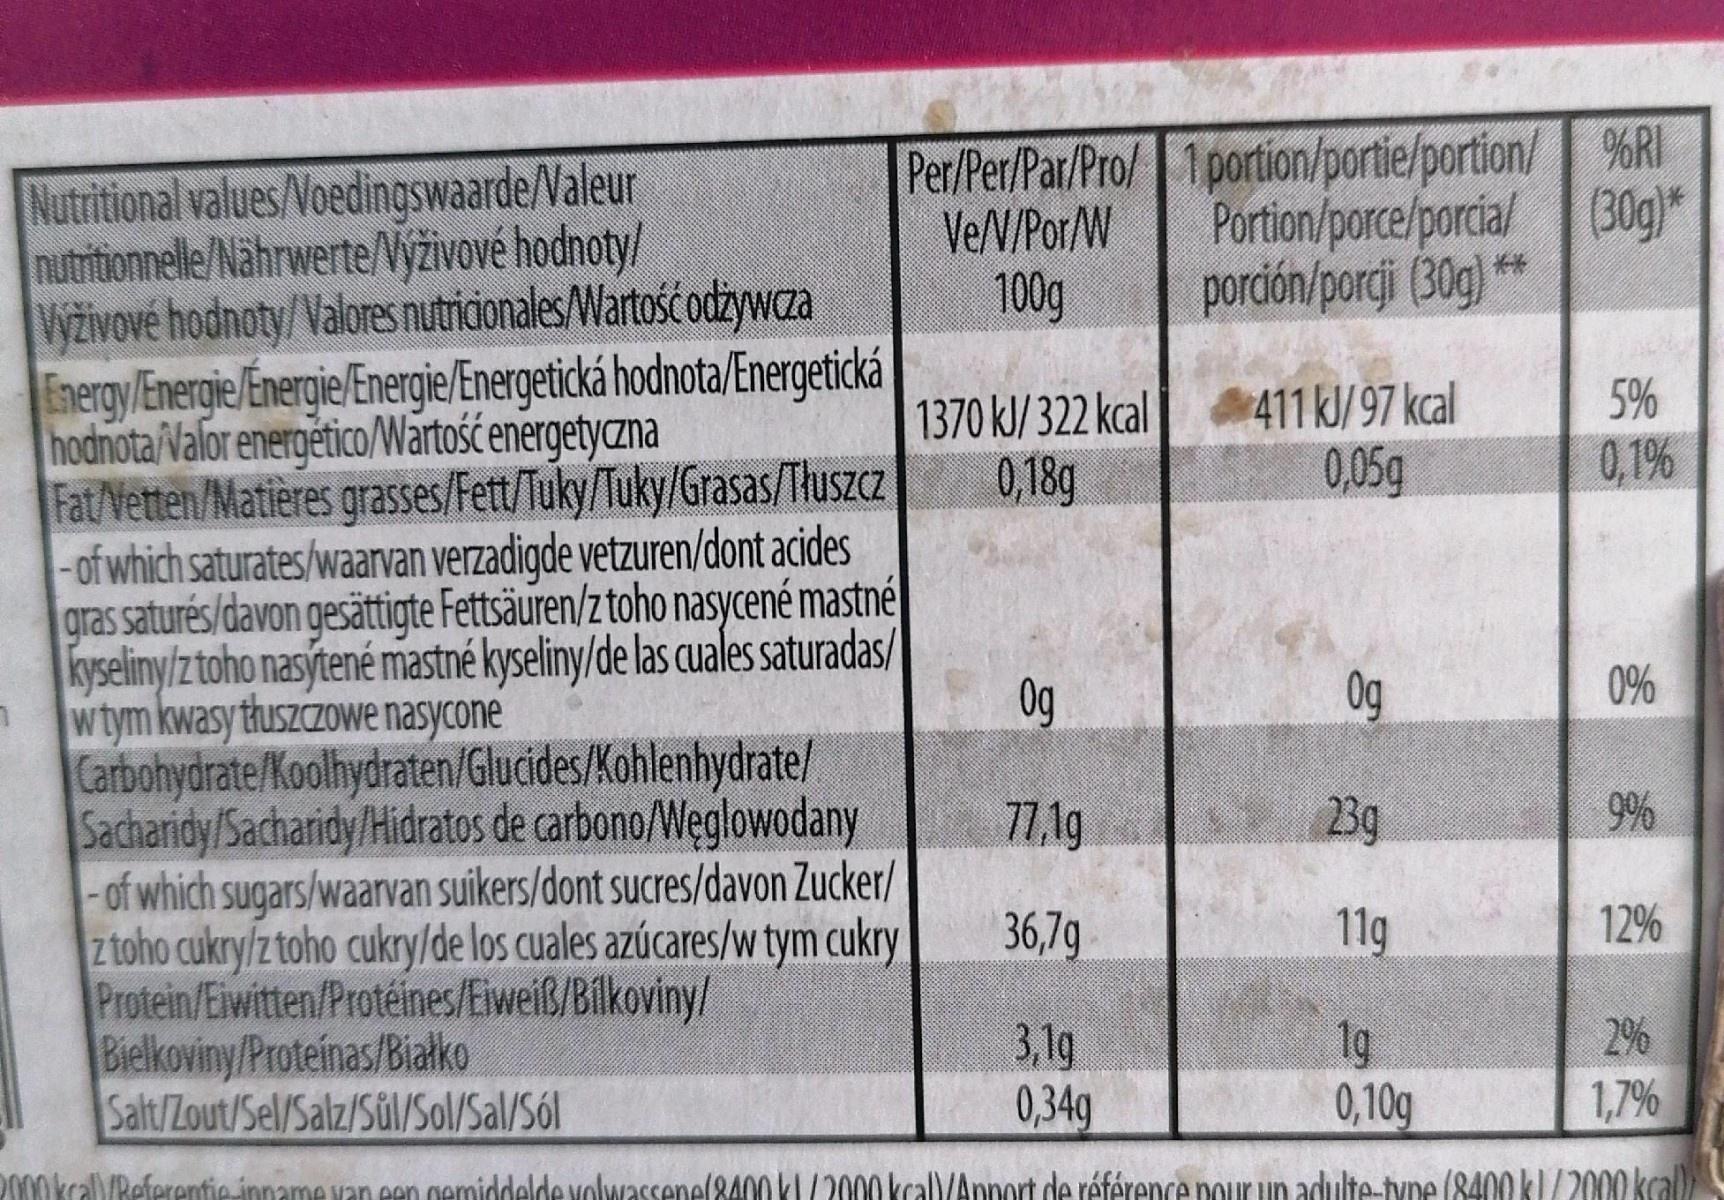
Per/Per/Par/Pro/ %RI VeN/Por/W
1 portion/portie/portion/ Portion/porce/porcial (30g)* pordón/porcji (30g) **
Nutritional values/Voedingswaarde/Valeur nutritionnelle/Nährwerte/Nýživové hodnoty/ Vyživové hodnoty/Valores nutridionales/Wartość odżywaza Energy/Energie Energie/Energie/Energetická hodnota/Energetická hodnota/Valor energético/Wartość energetyczna Fat/Vetten/Matières grasses/Fett/Tuky/Tuky/Grasas/Tluszcz -of which saturates/waarvan verzadigde vetzuren/dont acides gras saturés/davon gesättigte Fettsäuren/z toho nasycené mastné kyseliny/ztoho nasýtené mastné kyseliny/de las cuales saturadas/ wtym kwasy thuszczowe nasycone Carbohydrate/Koolhydraten/Glucides/Kohlenhydrate/ Sacharidy/Sacharidy/Hidratos de carbono/Weglowodany -of which sugars/waarvan suikers/dont sucres/davon Zucker/ z toho cukry/z toho cukry/de los cuales azúcares/w tym cukry Protein/Eiwitten/Protéines/Eiweiß/Bilkoviny/ Bielkoviny/Proteinas/Biatko Salt/Zout/Sel/Salz/Sül/Sol/Sal/Sól
100g
5%
1370 kJ/ 322 kcal 0,18g
411 kJ/97 kcal 0,05g
0,1%
Og
Og
0%
71.19
23g
9%
36,79
11g
12%
3,1g 0,34g
1g 0,10g
2% 1,7%
OkraYReferentie-inname van een gemiddelde yolwassene(8400 kL/2000 kcal)/Annort de référence pour un adulte-tyne (8400 kl/2000 kcal